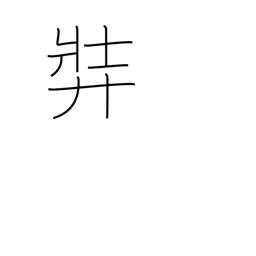
Meaning: stout